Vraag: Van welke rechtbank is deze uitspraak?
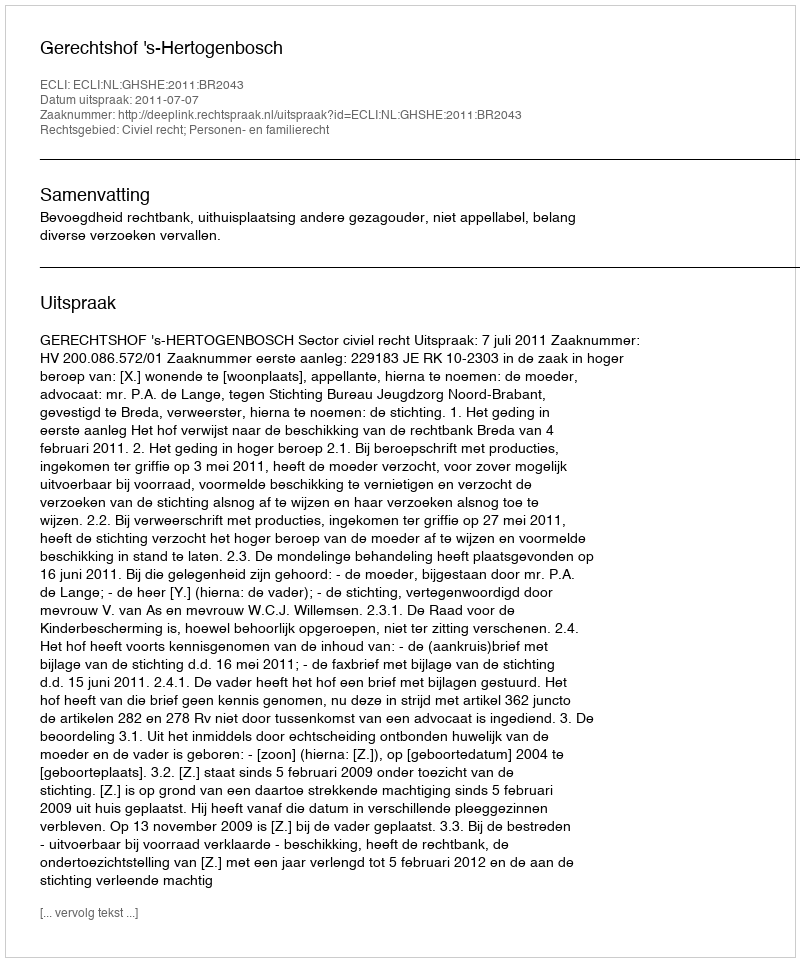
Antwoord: Gerechtshof 's-Hertogenbosch